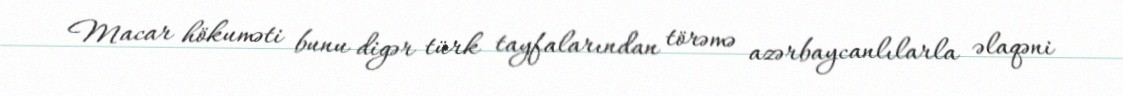
Macar hökuməti bunu digər türk tayfalarından törəmə azərbaycanlılarla əlaqəni